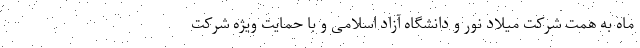
ماه به همت شرکت میلاد نور و دانشگاه آزاد اسلامی و با حمایت ویژه شرکت